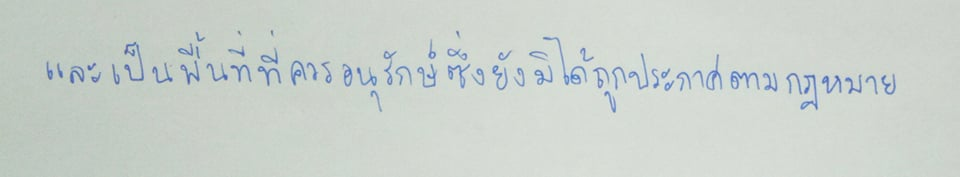
และเป็นพื้นที่ที่ควรอนุรักษ์ซึ่งยังมิได้ถูกประกาศตามกฎหมาย